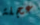
عجلة